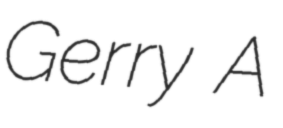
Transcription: Gerry A